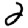
Digit: 2